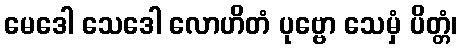
မေဒေါ သေဒေါ လောဟိတံ ပုဗ္ဗော သေမှံ ပိတ္တံ၊